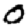
Digit: 0